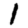
Digit: 1